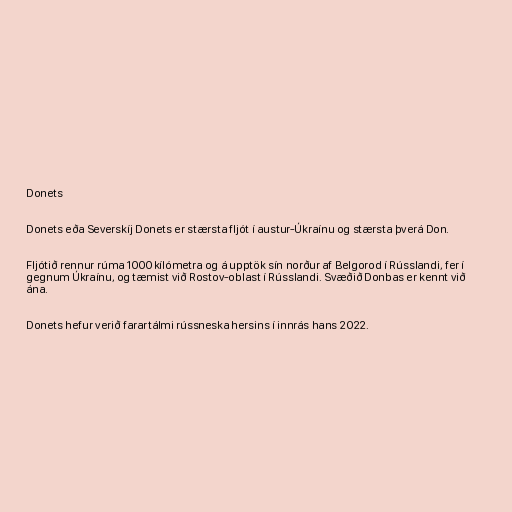
Donets

Donets eða Severskíj Donets er stærsta fljót í austur-Úkraínu og stærsta þverá Don.

Fljótið rennur rúma 1000 kílómetra og á upptök sín norður af Belgorod í Rússlandi, fer í
gegnum Úkraínu, og tæmist við Rostov-oblast í Rússlandi. Svæðið Donbas er kennt við
ána.

Donets hefur verið farartálmi rússneska hersins í innrás hans 2022.